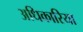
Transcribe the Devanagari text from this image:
अधिकारिया